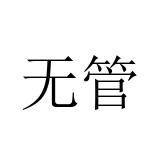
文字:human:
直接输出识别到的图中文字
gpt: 无管